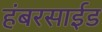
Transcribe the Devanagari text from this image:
हंबरसाईड